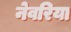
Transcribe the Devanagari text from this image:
नेवरिया